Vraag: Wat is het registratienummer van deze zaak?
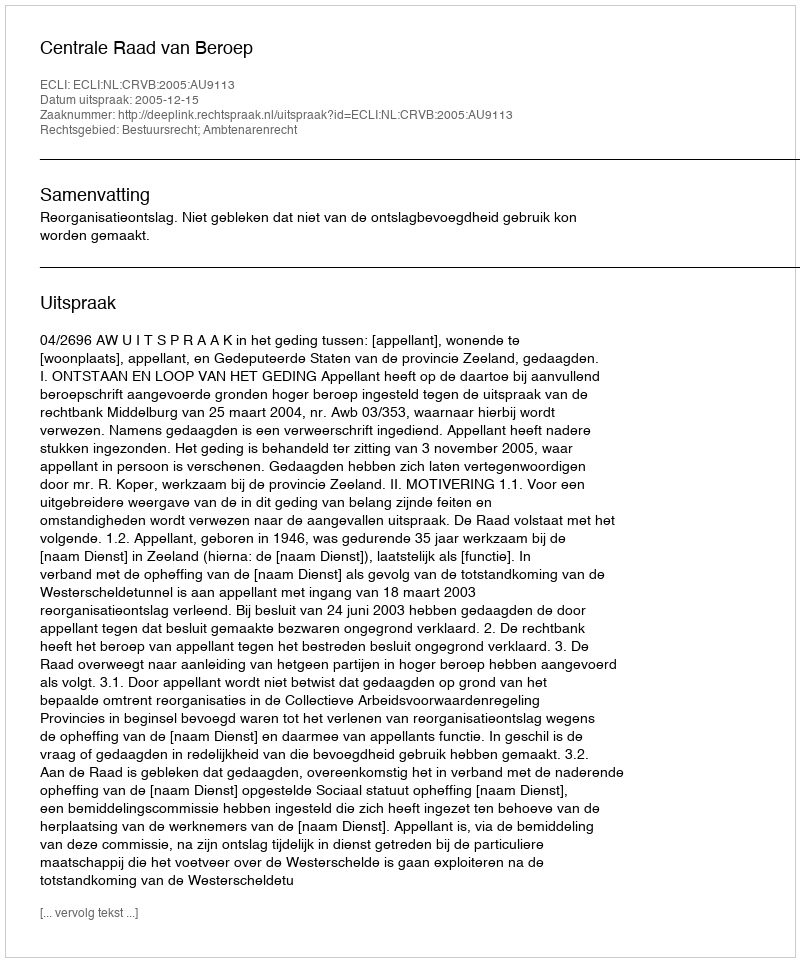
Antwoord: http://deeplink.rechtspraak.nl/uitspraak?id=ECLI:NL:CRVB:2005:AU9113